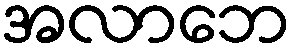
အလာဘေ